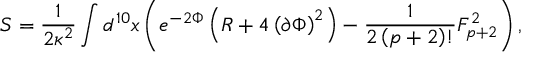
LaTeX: S = \frac { 1 } { 2 \kappa ^ { 2 } } \int d ^ { 1 0 } x \left( e ^ { - 2 \Phi } \left( R + 4 \left( \partial \Phi \right) ^ { 2 } \right) - \frac { 1 } { 2 \left( p + 2 \right) ! } F _ { p + 2 } ^ { 2 } \right) ,